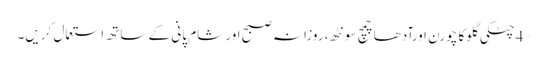
*4چٹکی گلوکا چورن اورآدھاچمچ سونٹھ، روزانہ صبح اور شام پانی کے ساتھ استعمال کریں۔